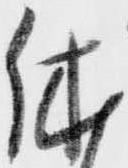
休